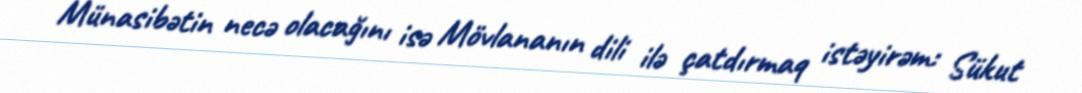
Münasibətin necə olacağını isə Mövlananın dili ilə çatdırmaq istəyirəm: Sükut